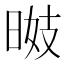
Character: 𣇠